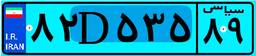
۴۱D۲۸۶۱۰